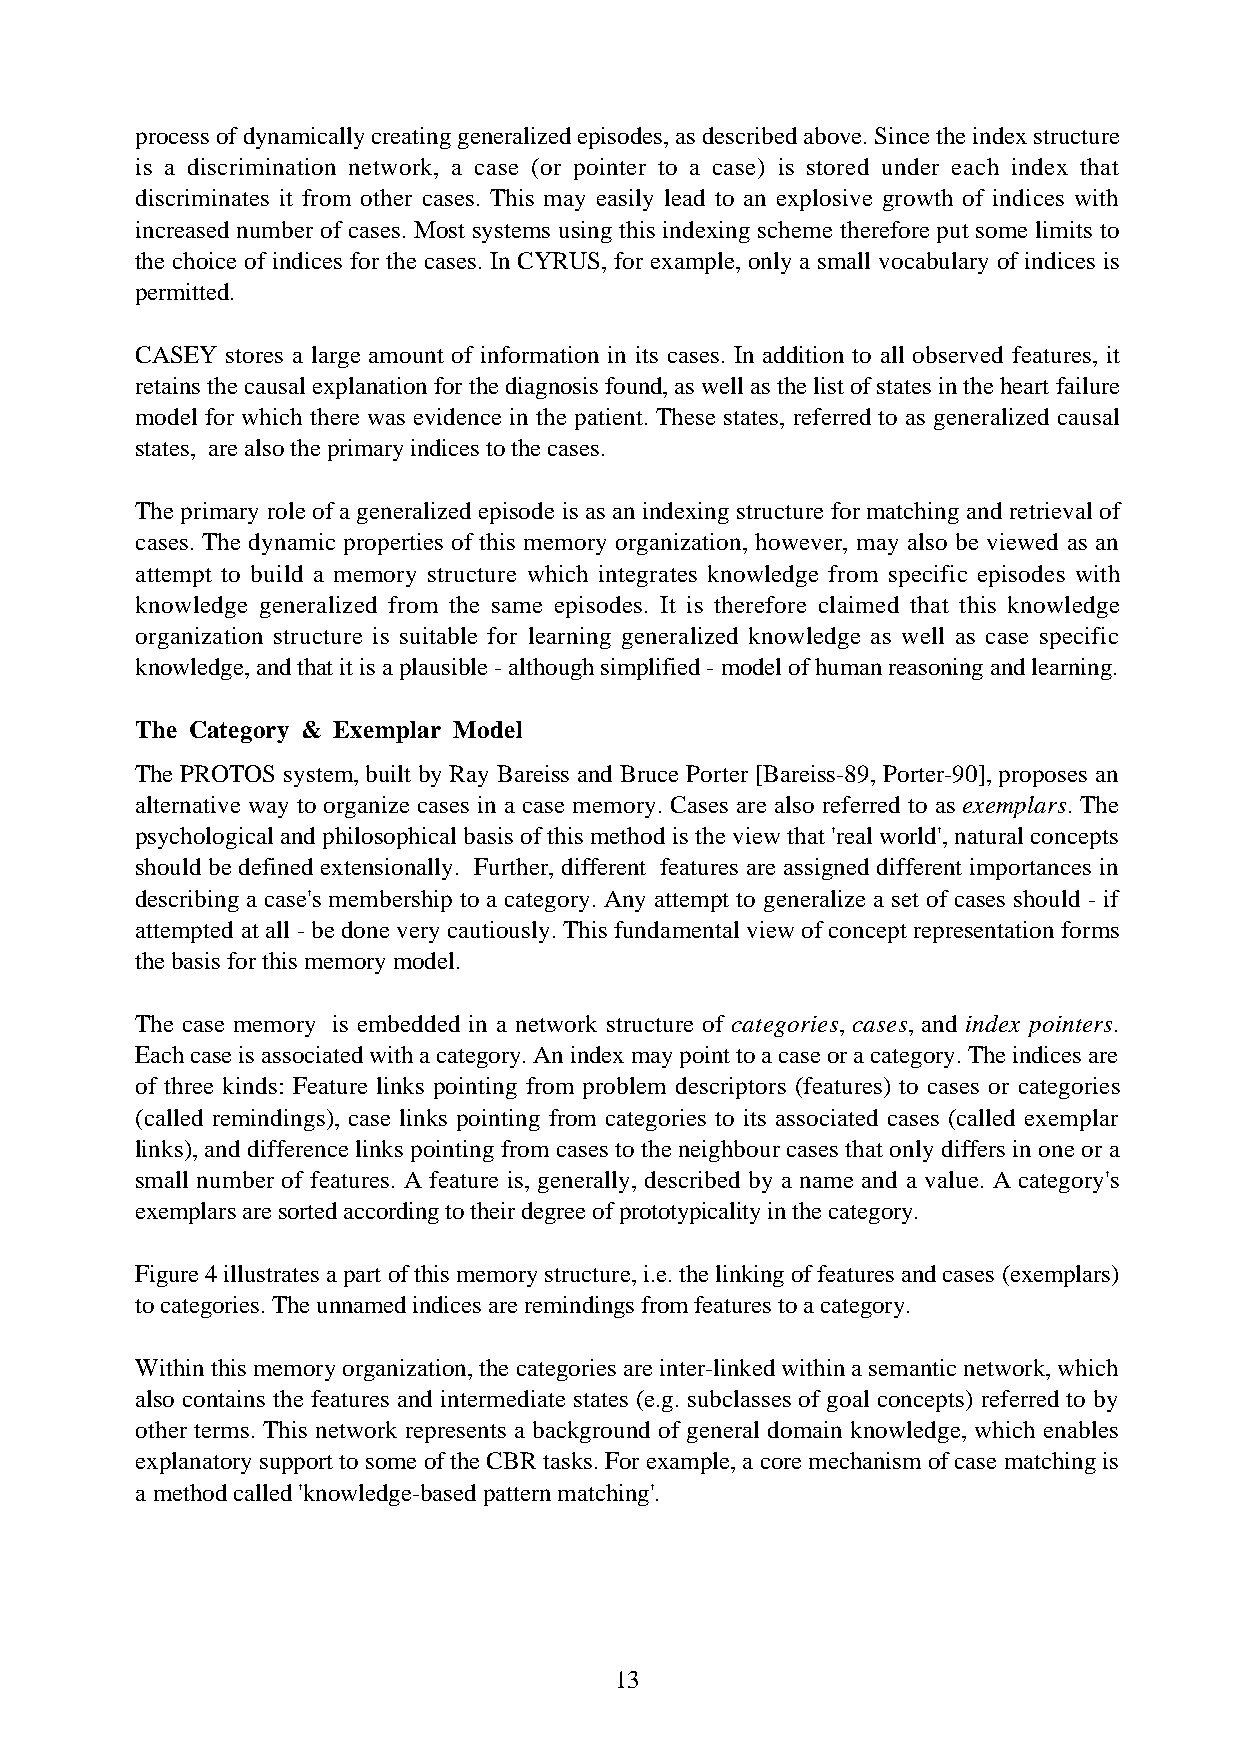
process of dynamically creating generalized episodes, as described above. Since the index structure
 is a discrimination network, a case (or pointer to a case) is stored under each index that
 discriminates it from other cases. This may easily lead to an explosive growth of indices with
 increased number of cases. Most systems using this indexing scheme therefore put some limits to
 the choice of indices for the cases. In CYRUS, for example, only a small vocabulary of indices is
 permitted.
 CASEY stores a large amount of information in its cases. In addition to all observed features, it
 retains the causal explanation for the diagnosis found, as well as the list of states in the heart failure
 model for which there was evidence in the patient. These states, referred to as generalized causal
 states, are also the primary indices to the cases.
 The primary role of a generalized episode is as an indexing structure for matching and retrieval of
 cases. The dynamic properties of this memory organization, however, may also be viewed as an
 attempt to build a memory structure which integrates knowledge from specific episodes with
 knowledge generalized from the same episodes. It is therefore claimed that this knowledge
 organization structure is suitable for learning generalized knowledge as well as case specific
 knowledge, and that it is a plausible - although simplified - model of human reasoning and learning.
 The Category & Exemplar Model
 The PROTOS system, built by Ray Bareiss and Bruce Porter [Bareiss-89, Porter-90], proposes an
 alternative way to organize cases in a case memory. Cases are also referred to as exemplars. The
 psychological and philosophical basis of this method is the view that 'real world', natural concepts
 should be defined extensionally. Further, different features are assigned different importances in
 describing a case's membership to a category. Any attempt to generalize a set of cases should - if
 attempted at all - be done very cautiously. This fundamental view of concept representation forms
 the basis for this memory model.
 The case memory is embedded in a network structure of categories, cases, and index pointers.
 Each case is associated with a category. An index may point to a case or a category. The indices are
 of three kinds: Feature links pointing from problem descriptors (features) to cases or categories
 (called remindings), case links pointing from categories to its associated cases (called exemplar
 links), and difference links pointing from cases to the neighbour cases that only differs in one or a
 small number of features. A feature is, generally, described by a name and a value. A category's
 exemplars are sorted according to their degree of prototypicality in the category.
 Figure 4 illustrates a part of this memory structure, i.e. the linking of features and cases (exemplars)
 to categories. The unnamed indices are remindings from features to a category.
 Within this memory organization, the categories are inter-linked within a semantic network, which
 also contains the features and intermediate states (e.g. subclasses of goal concepts) referred to by
 other terms. This network represents a background of general domain knowledge, which enables
 explanatory support to some of the CBR tasks. For example, a core mechanism of case matching is
 a method called 'knowledge-based pattern matching'.
 13